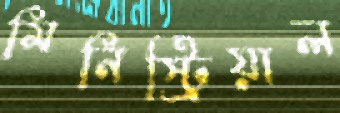
মিনিস্ট্রিয়াল